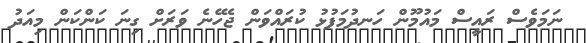
ނަމަވެސް ރައީސް މައުމޫން ހަނދުމަފުޅު ކުރައްވަން ޖެހޭނެ ވަރަށް ގިނަ ކަންކަން މިއަދު